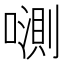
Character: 𱔦